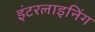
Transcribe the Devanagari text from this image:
इंटरलाइनिंग